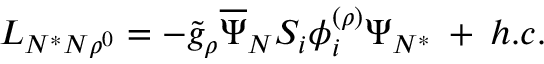
{ \cal L } _ { N ^ { * } N \rho ^ { 0 } } = - { \tilde { g } } _ { \rho } \overline { { { \Psi } } } _ { N } S _ { i } \phi _ { i } ^ { ( \rho ) } \Psi _ { N ^ { * } } \: + \: h . c .